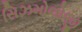
સિઝમોલોજી